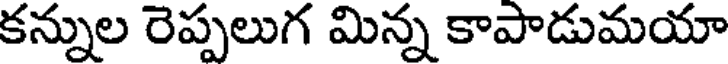
కన్నుల రెప్పలుగ మిన్న కాపాడుమయా